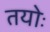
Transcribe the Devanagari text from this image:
तयोः